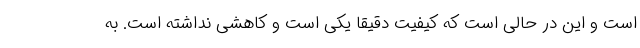
است و این در حالی است که کیفیت دقیقا یکی است و کاهشی نداشته است. به